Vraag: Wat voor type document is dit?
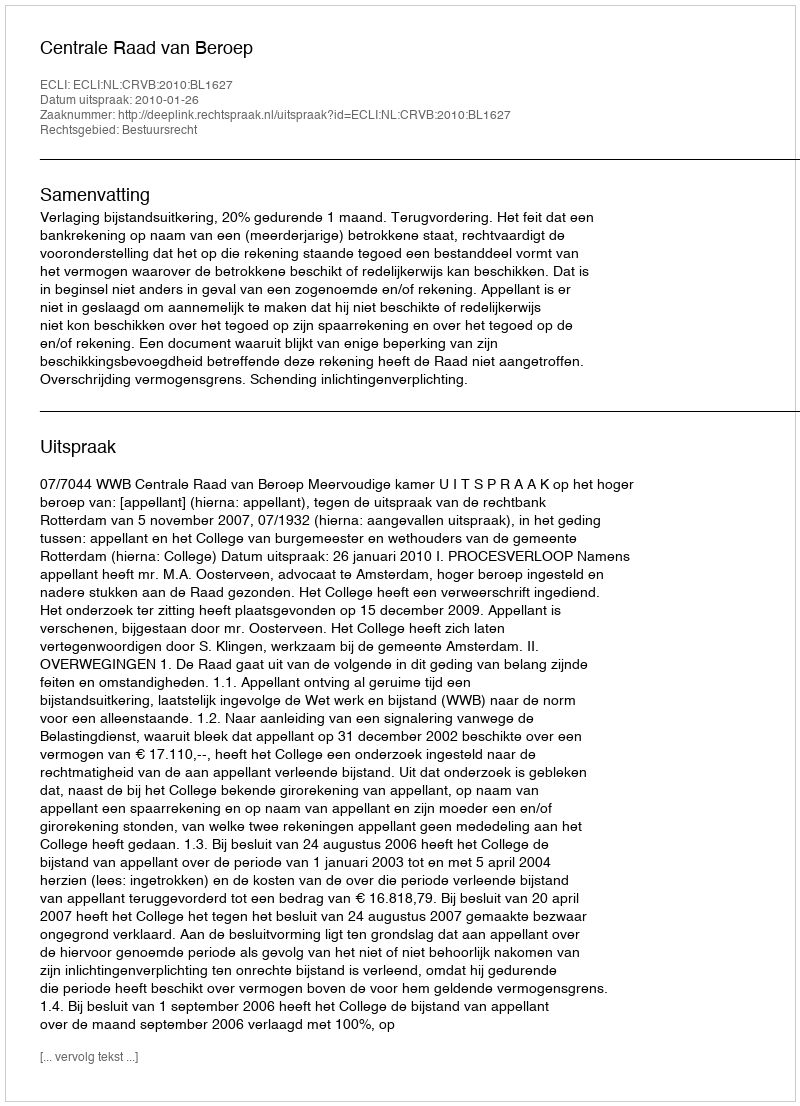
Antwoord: Uitspraak